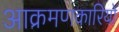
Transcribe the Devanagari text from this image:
आक्रमणकारियो